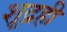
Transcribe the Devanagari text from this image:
शूद्रही